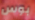
بوس